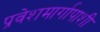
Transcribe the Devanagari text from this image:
प्रवेशमार्गापाशी